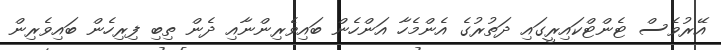
އޭރުވެސް ޓެންޓްކައިރީގައި ދަތުރުގެ އެންމެހާ އަންހެން ބައިވެރިންނާއި ދެން ތިބި ފިރިހެން ބައިވެރިން